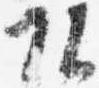
頭